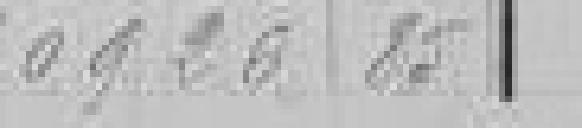
40 926,85